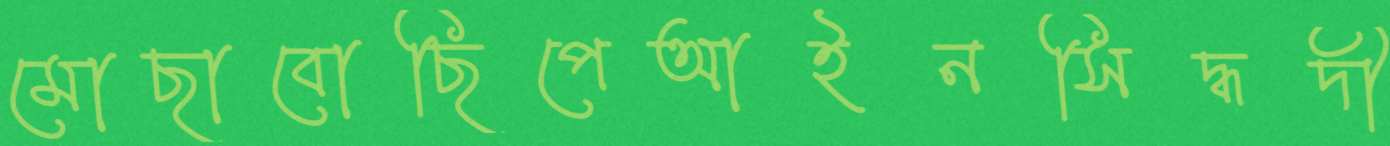
মোছাবোছিপেআইনসিদ্ধদী